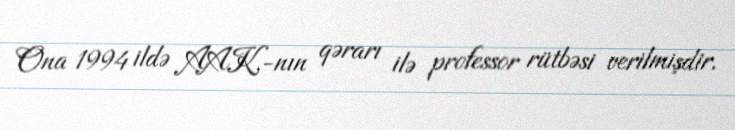
Ona 1994 ildə AAK-nın qərarı ilə professor rütbəsi verilmişdir.